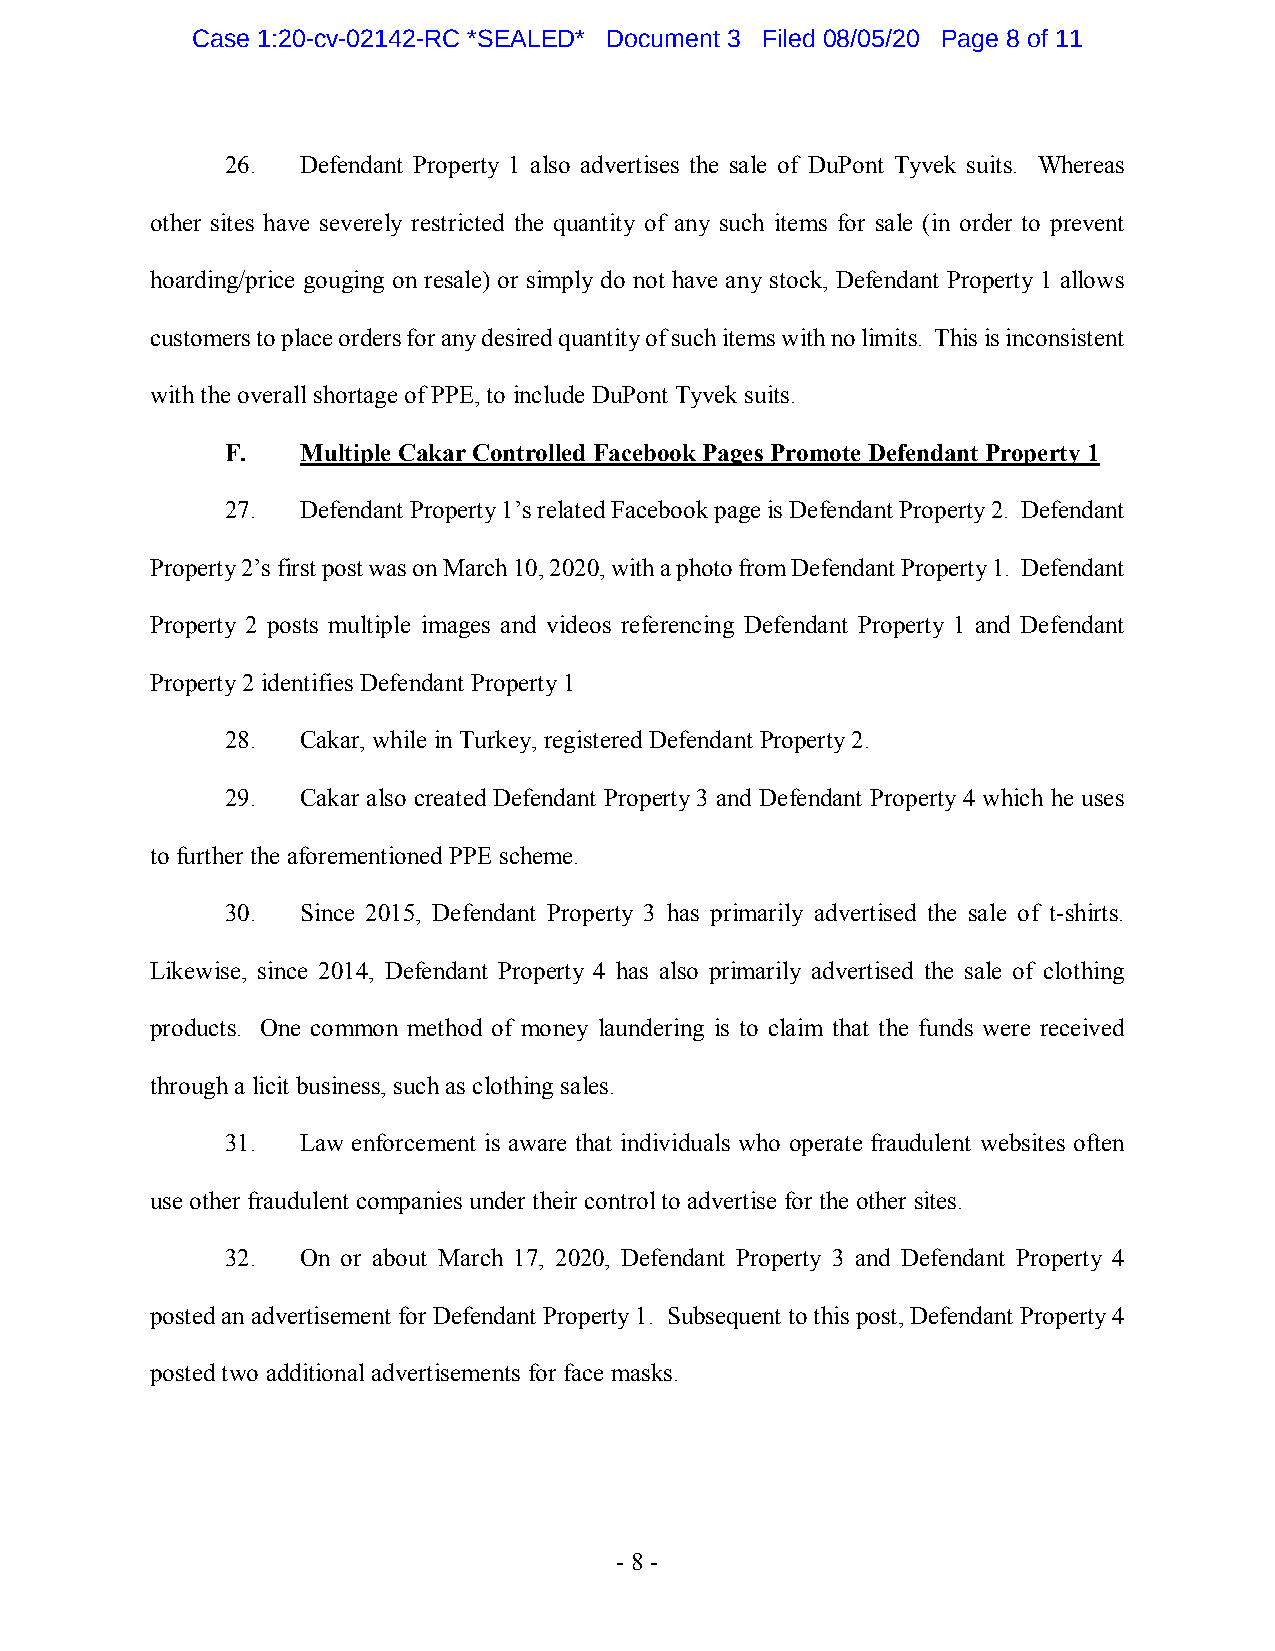
Case 1:20-cv-02142-RC *SEALED* Document 3 Filed 08/05/20 Page 8 of 11
 26.  Defendant Property 1 also advertises the sale of DuPont Tyvek suits. Whereas
 other sites have severely restricted the quantity of any such items for sale (in order to prevent
 hoarding/price gouging on resale) or simply do not have any stock, Defendant Property 1 allows
 customers to place orders for any desired quantity of such items with no limits. This is inconsistent
 with the overall shortage of PPE, to include DuPont Tyvek suits.
 F.   Multiple Cakar Controlled Facebook Pages Promote Defendant Property 1
 27.  Defendant Property 1’s related Facebook page is Defendant Property 2. Defendant
 Property 2’s first post was on March 10, 2020, with a photo from Defendant Property 1. Defendant
 Property 2 posts multiple images and videos referencing Defendant Property 1 and Defendant
 Property 2 identifies Defendant Property 1
 28.  Cakar, while in Turkey, registered Defendant Property 2.
 29.  Cakar also created Defendant Property 3 and Defendant Property 4 which he uses
 to further the aforementioned PPE scheme.
 30.  Since 2015, Defendant Property 3 has primarily advertised the sale of t-shirts.
 Likewise, since 2014, Defendant Property 4 has also primarily advertised the sale of clothing
 products. One common method of money laundering is to claim that the funds were received
 through a licit business, such as clothing sales.
 31.  Law enforcement is aware that individuals who operate fraudulent websites often
 use other fraudulent companies under their control to advertise for the other sites.
 32.  On or about March 17, 2020, Defendant Property 3 and Defendant Property 4
 posted an advertisement for Defendant Property 1. Subsequent to this post, Defendant Property 4
 posted two additional advertisements for face masks.
 - 8 -